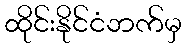
ထိုင်းနိုင်ငံဘက်မှ